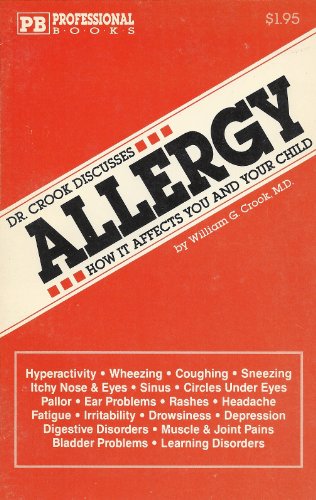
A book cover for Allergy and How it Affects You and Your Child (Dr. Crook Discusses); William G Crook; Health, Fitness & Dieting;